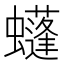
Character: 𧓶